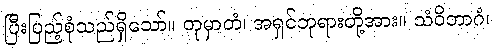
ပြီးပြည့်စုံသည်ရှိသော်။ တုမှာတံ၊ အရှင်ဘုရားတို့အား။ သံဝိဘာဂံ၊